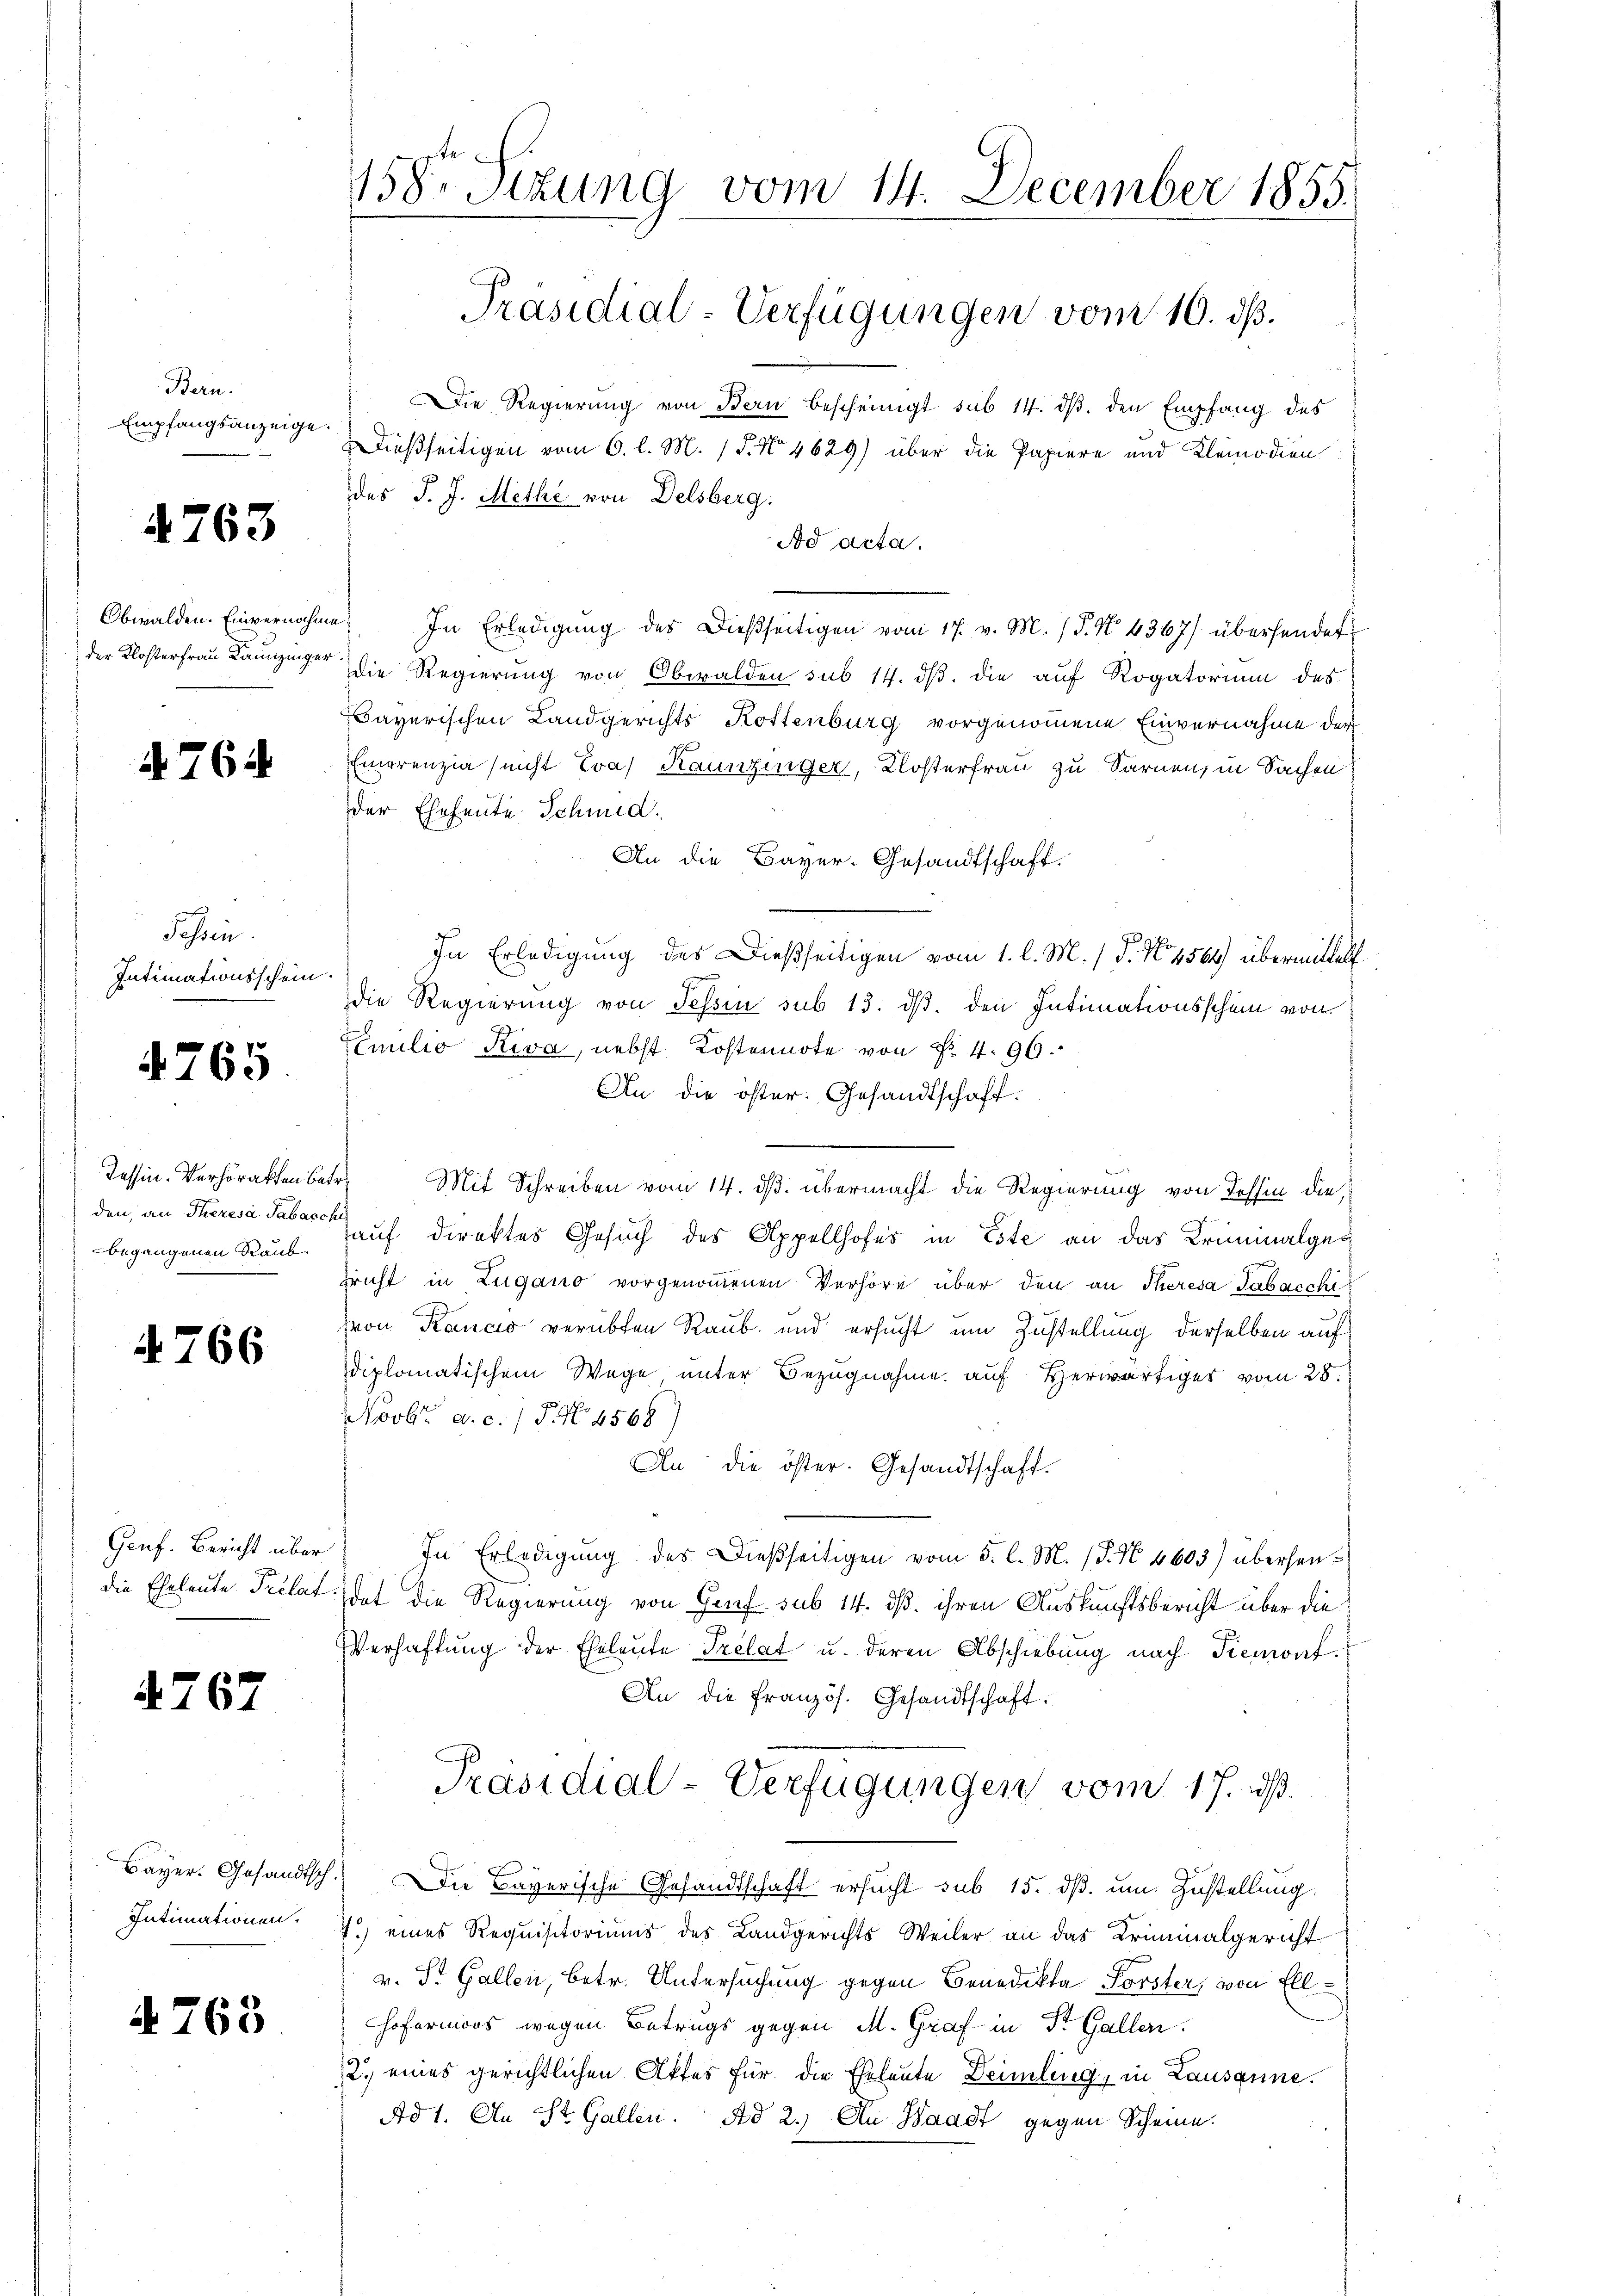
Bern.
Empfangsanzeige.

4763

§ 764

Jahren.
Intimationsschein.

4765.

Tessin. Verhörakten Bebegangenen Raub.

4766

Genf. Bericht über

7

67

Intimationen.

A. 763

158. Sizung vom 14. December 1855.
Präsidial-Verfügungen vom 10. ds.

Die Regierung von Bern bescheinigt sub 14. dβ. den Empfang des
Dießseitigen vom 6. l. M. / 5. No 4629) über die Papiere und Kleinodien
des J. J. Methe von Delsberg.
Ad acta.
Obwalden. Einvernahme. In Erledigŭng des Dießseitigen vom 17. v. M. (T. N. 4367/ übersendet
der Klosterfrau Kamer die Regierung von Obwalden sub 14. dβ. die aŭf Rogatorium des
Bayerischen Landgerichts Rottenburg vorgenommene Einvernahme der
Emerenzia (nicht Eva Kaunzinger, Klosterfrau zu Sarnen, in Sachen
der Ehrheute Schmid.
An die Bayer-Gesandtschaft.
In Erledigung des Dießseitigen vom 1. l. M. 18. No 1564 übermittelt
die Regierung von Tessin sub 15. ds. den Intimationsschein von
Familio Riva, nebst Kostennote von Nr. 4. 96.
An die öster. Gesandtschaft.
.
Mit Schreiben vom 14. ds. übermacht die Regierung von Tessin die
den, an Theresa dass ich direktes Gesuch des Appellhofes in Este an das Kriminalgepricht in Zugano vorgenommenen Verhöre über den an Theresa Sabacchi
hron Rancio verübten Raub und ersucht um Zustellung derselben auf
diplomatischem Wege unter Bezugnahme auf Herwärtiges vom 28.
Novbr. a. c. / 5. No. 4568)
An die öster. Gesandtschaft.
In Erledigŭng des dießseitigen vom 5. l. M. (§. No 4603) übersendie Eheleute Prélat. dat die Regierung von Genf sub 14. dß. ihren Auskunftsbericht über die
Verhaftung der Eheleute Prélat u. deren Abschiebung nach Piemont.
An die Französ. Gesandtschaft.
Präsidial-Verfügungen vom 17. ds.
Bayer. Gesandtsch. Die Bayerische Gesandtschaft ersucht sub 15. dß. um Zustellung
7) eines Requisitoriums des Landgerichts Weiler an das Kriminalgericht
v. St. Gallen, betr. Untersuchung gegen Benedikta Forster, von Ell¬
Hofermoos wegen Betrugs gegen M. Graf in Dr. Gallen.
2.) eines gerichtlichen Aktes für die Eheleute Deimling, in Lausanne.
Ad 1. An St. Gallen. Ad 2.) An Waadt gegen Scheine.